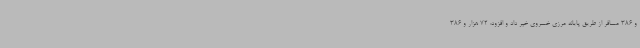
و 386 مسافر از طریق پایانه مرزی خسروی خبر داد و افزود: 72 هزار و 386